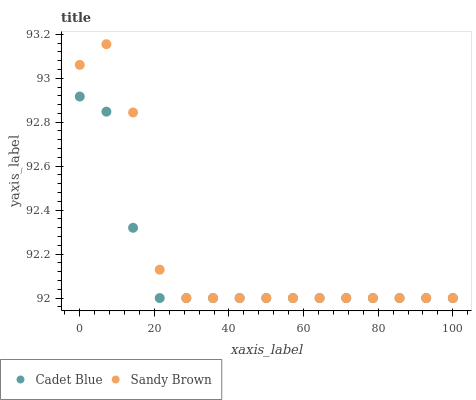
| xaxis_label | Cadet Blue | Sandy Brown |
 | --- | --- | --- |
 | 0 | 92.9 | 93.1 |
 | 7.14 | 92.8 | 93.2 |
 | 14.3 | 92.3 | 92.8 |
 | 21.4 | 92 | 92.1 |
 | 28.6 | 92 | 92 |
 | 35.7 | 92 | 92 |
 | 42.9 | 92 | 92 |
 | 50 | 92 | 92 |
 | 57.1 | 92 | 92 |
 | 64.3 | 92 | 92 |
 | 71.4 | 92 | 92 |
 | 78.6 | 92 | 92 |
 | 85.7 | 92 | 92 |
 | 92.9 | 92 | 92 |
 | 100 | 92 | 92 |